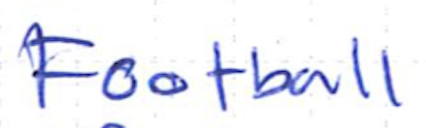
Text: Football
Cross-out: clean
Writing tool: ballpoint